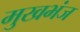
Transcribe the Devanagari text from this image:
मुखभंज